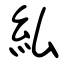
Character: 紭